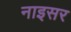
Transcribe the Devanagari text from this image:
नाइसर